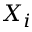
X _ { i }